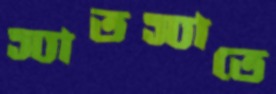
স্যাতস্যাতে